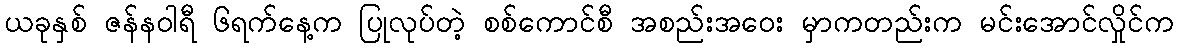
ယခုနှစ် ဇန်နဝါရီ ၆ရက်နေ့က ပြုလုပ်တဲ့ စစ်ကောင်စီ အစည်းအဝေး မှာကတည်းက မင်းအောင်လှိုင်က